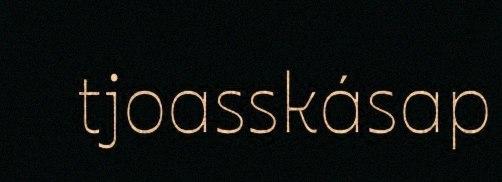
tjoasskásap